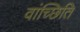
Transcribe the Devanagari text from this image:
वांच्छिति